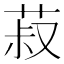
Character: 菽